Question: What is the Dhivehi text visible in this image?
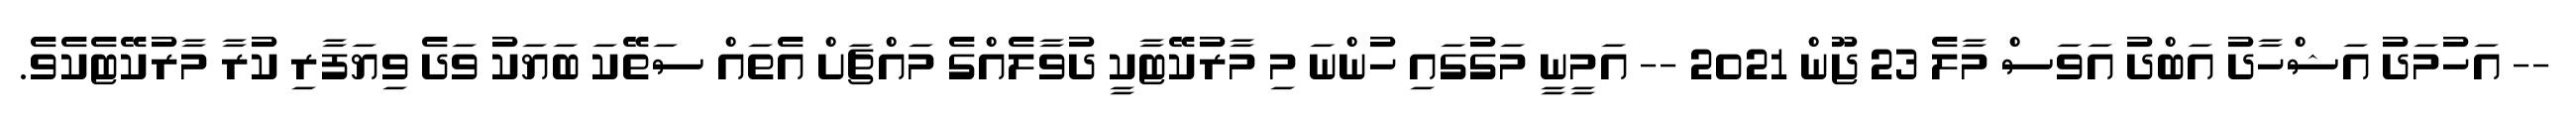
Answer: -- އަހުމަދު އަޝްހާދު އަބްދު އަވަސް މާލެ 23 ޖޫން 2021 -- އަމީނީ މަގުގައި ހުންނަ މި މާރުކޭޓާކީ ދުވާލެއްގެ މައްޗަށް އެތައް ސަތޭކަ ބަޔަކު ވަދެ ވިޔަފާރި ކުރާ މާރުކޭޓެކެވެ.